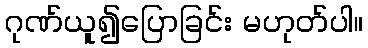
ဂုဏ်ယူ၍ပြောခြင်း မဟုတ်ပါ။